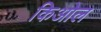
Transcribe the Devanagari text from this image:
किओल